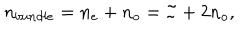
n _ { b u n d l e } = n _ { e } + n _ { o } = { \cal I } + 2 n _ { o } ,